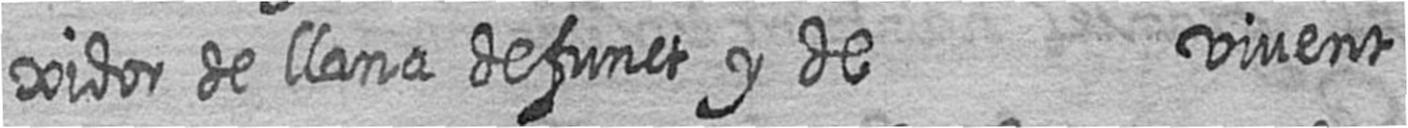
xidor de llana defunct y de vivent